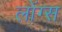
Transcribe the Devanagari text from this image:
लोंग्स